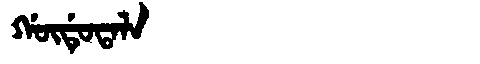
Manchu: ᡤᡡᡩᡠᡨᠠᠯᠠ
Romanization: GŪDUTALA